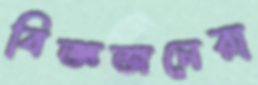
বিজ্ঞজনেরা